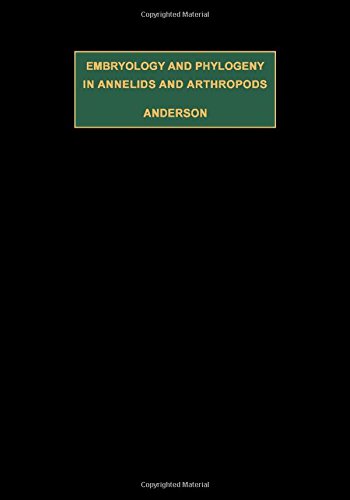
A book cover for Embryology and Phylogeny in Annelids and Arthropods (International series of monographs in pure and applied biology. Division: zoology); Donald Thomas Anderson; Medical Books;